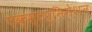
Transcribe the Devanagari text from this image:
एक्स्टर्मिनेशन